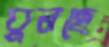
বুনছে